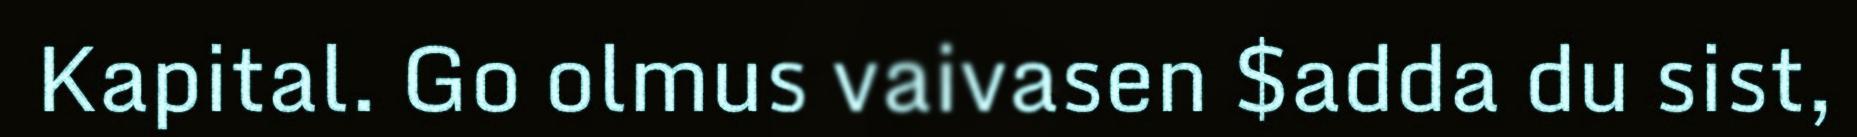
Kapital. Go olmus vaivasen $adda du sist,